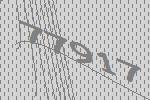
77917